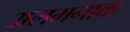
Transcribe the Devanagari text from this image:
अलमनाक